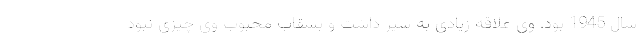
سال 1945 بود. وی علاقه زیادی به سیر داشت و بشقاب محبوب وی چیزی نبود